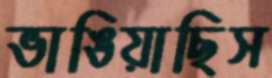
ভাঙিয়াছিস